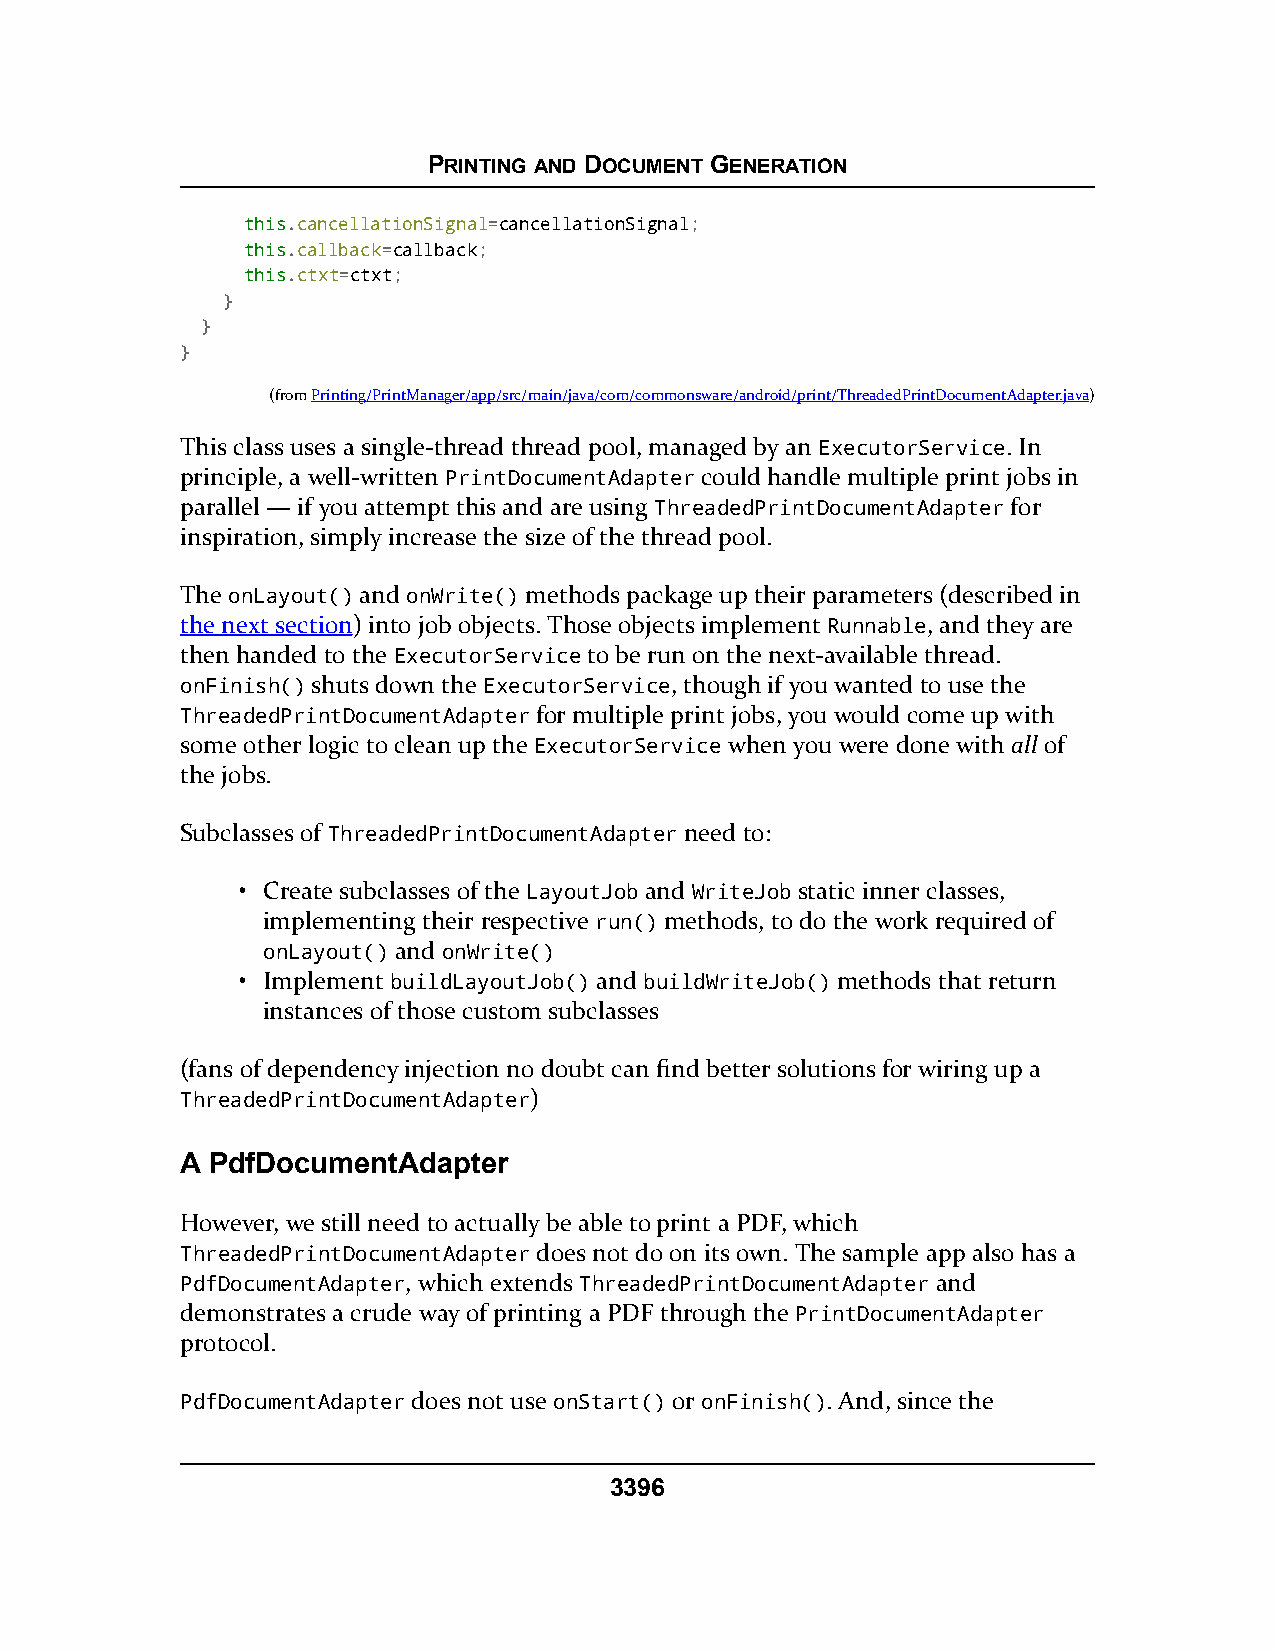
PRINTING AND DOCUMENT GENERATION
 tthhiiss.cancellationSignal=cancellationSignal;
 tthhiiss.callback=callback;
 tthhiiss.ctxt=ctxt;
 }
 }
 }
 (fromPrinting/PrintManager/app/src/main/java/com/commonsware/android/print/ThreadedPrintDocumentAdapter.java)
 This class uses a single-thread thread pool, managed by an ExecutorService. In
 principle, a well-written PrintDocumentAdapter could handle multiple print jobs in
 parallel — if you attempt this and are using ThreadedPrintDocumentAdapter for
 inspiration, simply increase the size of the thread pool.
 The onLayout() and onWrite() methods package up their parameters (described in
 the next section) into job objects. Those objects implement Runnable, and they are
 then handed to the ExecutorService to be run on the next-available thread.
 onFinish() shuts down the ExecutorService, though if you wanted to use the
 ThreadedPrintDocumentAdapter for multiple print jobs, you would come up with
 some other logic to clean up the ExecutorService when you were done with all of
 the jobs.
 Subclasses of ThreadedPrintDocumentAdapter need to:
 • Create subclasses of the LayoutJob and WriteJob static inner classes,
 implementing their respective run() methods, to do the work required of
 onLayout() and onWrite()
 • Implement buildLayoutJob() and buildWriteJob() methods that return
 instances of those custom subclasses
 (fans of dependency injection no doubt can find better solutions for wiring up a
 ThreadedPrintDocumentAdapter)
 A PdfDocumentAdapter
 However, we still need to actually be able to print a PDF, which
 ThreadedPrintDocumentAdapter does not do on its own. The sample app also has a
 PdfDocumentAdapter, which extends ThreadedPrintDocumentAdapter and
 demonstrates a crude way of printing a PDF through the PrintDocumentAdapter
 protocol.
 PdfDocumentAdapter does not use onStart() or onFinish(). And, since the
 3396